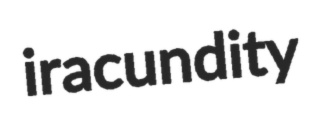
iracundity